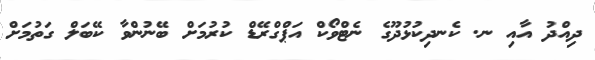
ދިއްދު އާއި ނ. ކެނދިކުޅުދޫގެ ނެޓްވޯކް އަޕްގްރޭޑް ކުރުމަށް ބޭނުންވާ ކޭބަލް ގަތުމަށް